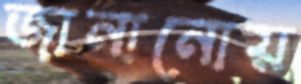
জানানোয়